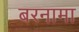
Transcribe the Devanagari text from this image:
बरनामा